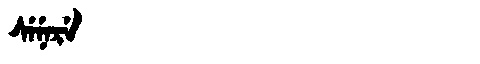
Manchu: ᠰᡝᠨᡝᡵᡝ
Romanization: SENERE